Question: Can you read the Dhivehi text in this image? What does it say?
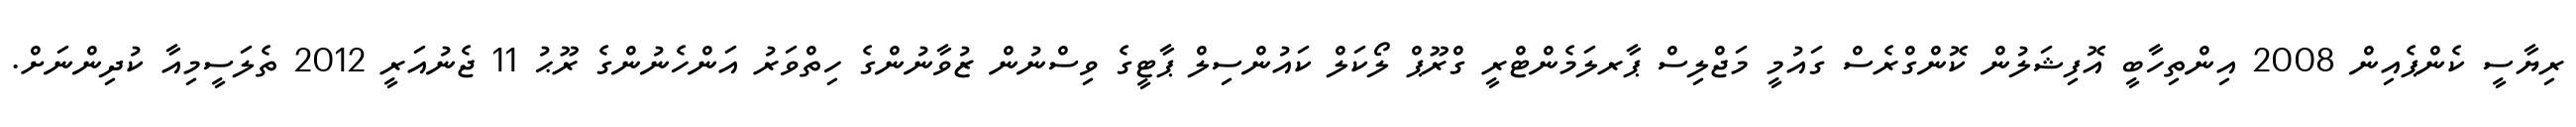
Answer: ރިޔާސީ ކެންޕެއިން 2008 އިންތިހާބީ އޮފިޝަލުން ކޮންގްރެސް ގައުމީ މަޖްލިސް ޕާރލަމެންޓްރީ ގްރޫޕް ލޯކަލް ކައުންސިލް ޕާޓީގެ ވިސްނުން ޒުވާނުންގެ ހިތްވަރު އަންހެނުންގެ ރޫޙު 11 ޖެނުއަރީ 2012 ތެލަސީމިއާ ކުދިންނަށް.